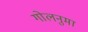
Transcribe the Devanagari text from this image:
गोलनुमा